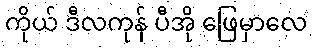
ကိုယ် ဒီလကုန် ပီအို ဖြေမှာလေ